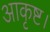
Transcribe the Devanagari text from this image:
आकृष्ट।